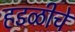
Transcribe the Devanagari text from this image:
हडळीचें